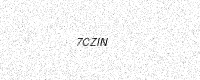
Text: 7CZIN